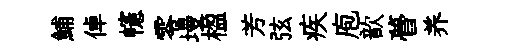
鯆倬幰零墁楹芳弦疾庖歆瞢养